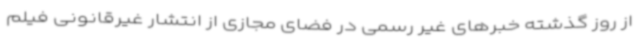
از روز گذشته خبرهای غیر رسمی در فضای مجازی از انتشار غیرقانونی فیلم